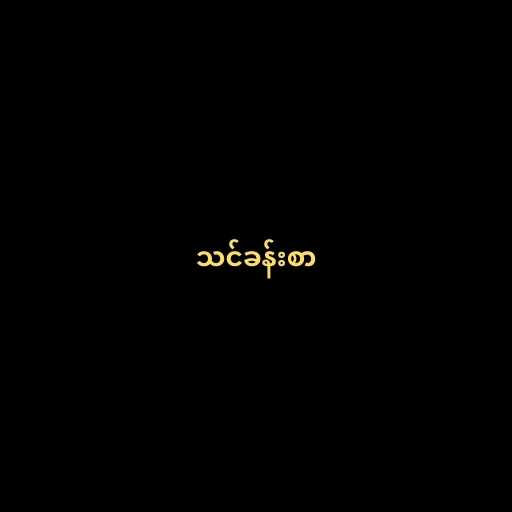
သင်ခန်းစာ